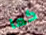
كما